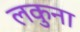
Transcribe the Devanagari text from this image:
लकुना